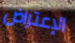
الإعتراض